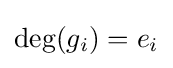
\deg(g_{i})=e_{i}